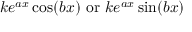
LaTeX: k e ^ { a x } \cos ( b x ) { \mathrm { ~ o r ~ } } k e ^ { a x } \sin ( b x )